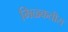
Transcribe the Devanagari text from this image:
मिळकतीस